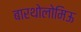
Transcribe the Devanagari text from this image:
बारथोलोमिऊ